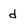
Character: d